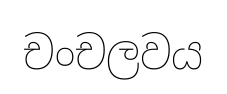
චංචලවය